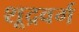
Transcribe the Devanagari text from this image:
शूद्रवर्ग